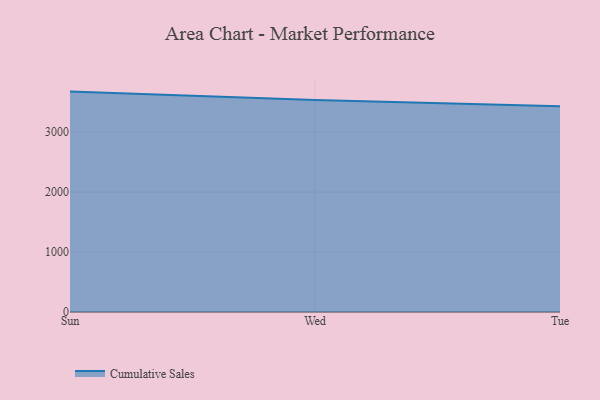
{"axis": {"x": "Day", "y": "Satisfaction Score"}, "legend": ["Cumulative Sales"], "data": [{"x": "Sun", "y": 3675.9, "type": "Cumulative Sales"}, {"x": "Wed", "y": 3537.5, "type": "Cumulative Sales"}, {"x": "Tue", "y": 3430.2, "type": "Cumulative Sales"}]}